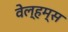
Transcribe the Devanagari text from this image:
वेल्हम्स